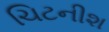
ચિટનીશ